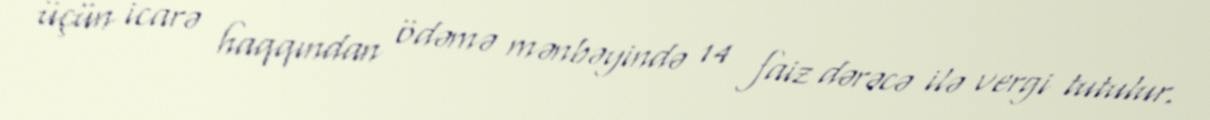
üçün icarə haqqından ödəmə mənbəyində 14 faiz dərəcə ilə vergi tutulur.